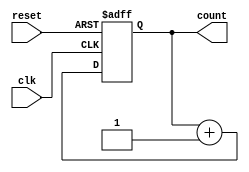
module counter (
  input clk,
  input reset,
  output reg [3:0] count
);

always @(posedge clk or posedge reset) begin
  if (reset) begin
    count <= 4'b0;
  end
  else begin
    count <= count + 4'b1;
  end
end

endmodule